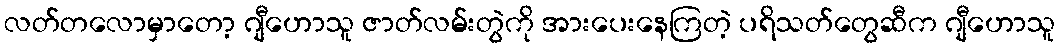
လတ်တလောမှာတော့ ဂျီဟောသူ ဇာတ်လမ်းတွဲကို အားပေးနေကြတဲ့ ပရိသတ်တွေဆီက ဂျီဟောသူ